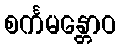
စင်္ကမန္တောဝ